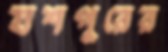
যশপুরের